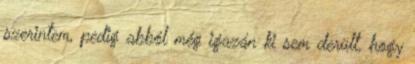
szerintem, pedig abból még igazán ki sem derült, hogy